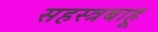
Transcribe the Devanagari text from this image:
सहस्त्रबाहू